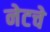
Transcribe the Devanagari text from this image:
नेटचे